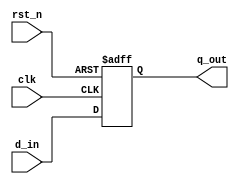
module flip_flop_register (
    input wire clk,          // Clock input
    input wire rst_n,       // Active low reset
    input wire [3:0] d_in,  // 4-bit data input
    output reg [3:0] q_out   // 4-bit data output
);

    // Always block sensitive to the rising edge of the clock or the negative edge of the reset
    always @(posedge clk or negedge rst_n) begin
        if (!rst_n) begin
            q_out <= 4'b0000;  // Reset output to 0 when reset is active
        end else begin
            q_out <= d_in;     // Capture data input on clock edge
        end
    end

endmodule